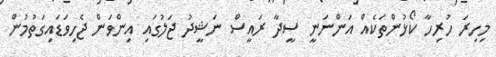
މިހިރަ ހުރިހާ ކޯޅުންތަކެއް އަންނަނީ ސީދާ ރައީސް ނަޝީދު ޖަލުގައި އިންވަން ޖެހިވަޑައިގަތުމުން